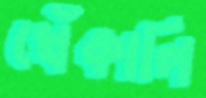
খেঁকালি